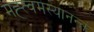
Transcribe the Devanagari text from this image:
मह्त्वमस्यानन्तं